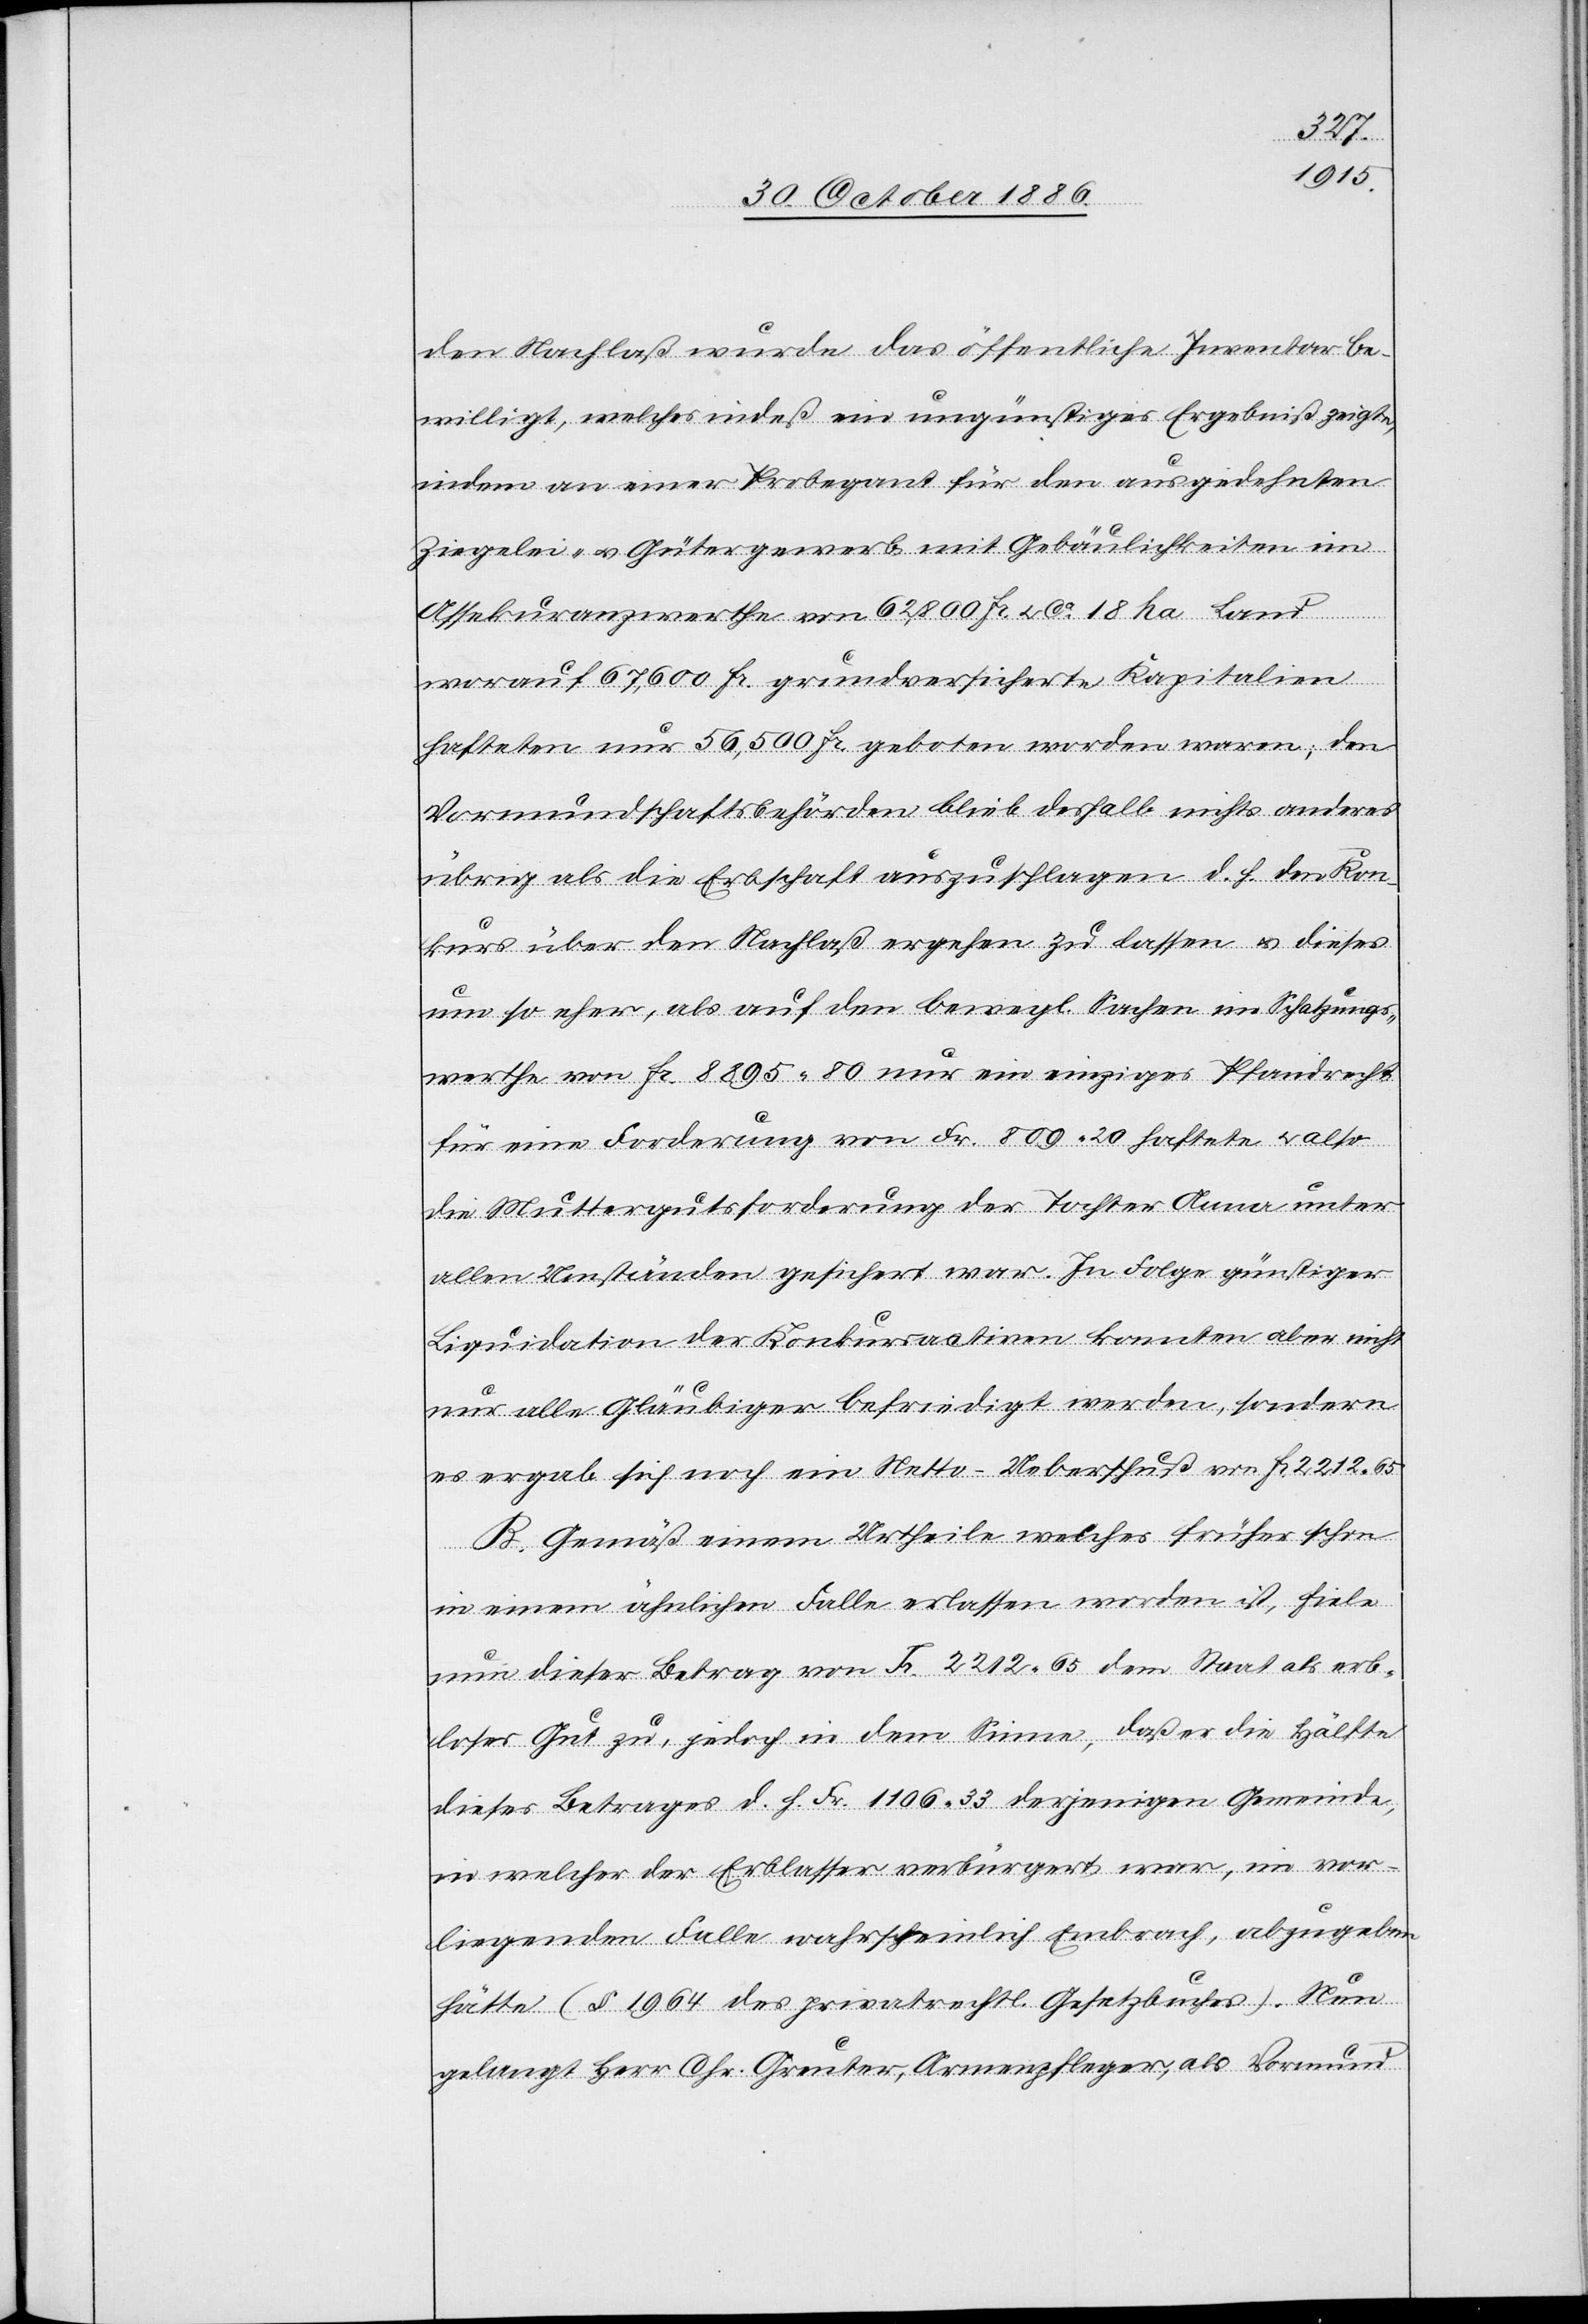
den Nachlaß wurde das öffentliche Inventar be¬
willigt, welches indeß ein ungünstiges Ergebniß zeigte,
indem an einer Probegant für den ausgedehnten
Ziegelei- & Gütergewerb mit Gebäulichkeiten im
Assekuranzwerthe von 62,800 Fr. & ca 18 ha Land
worauf 67,600 Fr. grundversicherte Kapitalien
hafteten nur 56,500 Fr. geboten worden waren; den
Vormundschaftsbehörden blieb deshalb nicht anderes
übrig als die Erbschaft auszuschlagen d. h. den Kon¬
kurs über den Nachlaß ergehen zu lassen & dieses
um so eher, als auf den bewegl. Sachen im Schatzungs¬
werthe von Fr. 8895 80 nur ein einziges Pfandrecht
für eine Forderung von Fr. 809 20 haftete & also
die Muttergutsforderung der Tochter Anna unter
allen Umständen gesichert war. In Folge günstiger
Liquidation der Konkursactiven konnten aber nicht
nur alle Gläubiger befriedigt werden, sondern
es ergab sich noch ein Netto-Ueberfluß von Fr. 2212 65.
B. Gemäß einem Urtheile welches früher schon
in einem ähnlichen Falle erlassen worden ist, fiele
nun dieser Betrag von Fr. 2212 65 dem Staat als erb¬
loses Gut zu, jedoch in dem Sinne, daß er die Hälfte
dieses Betrages d. h. Fr. 1106 33 derjenigen Gemeinde,
in welcher der Erblasser verbürgert war, im vor¬
liegenden Falle wahrscheinlich Embrach, abzugeben
hätte (§ 1964 des privatrechtl. Gesetzbuches). Nun
gelangt Herr Chr. Greuter, Armenpfleger, als Vormund